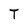
Character: T